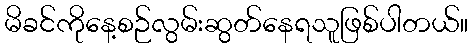
မိခင်ကိုနေ့စဉ်လွမ်းဆွတ်နေရသူဖြစ်ပါတယ်။